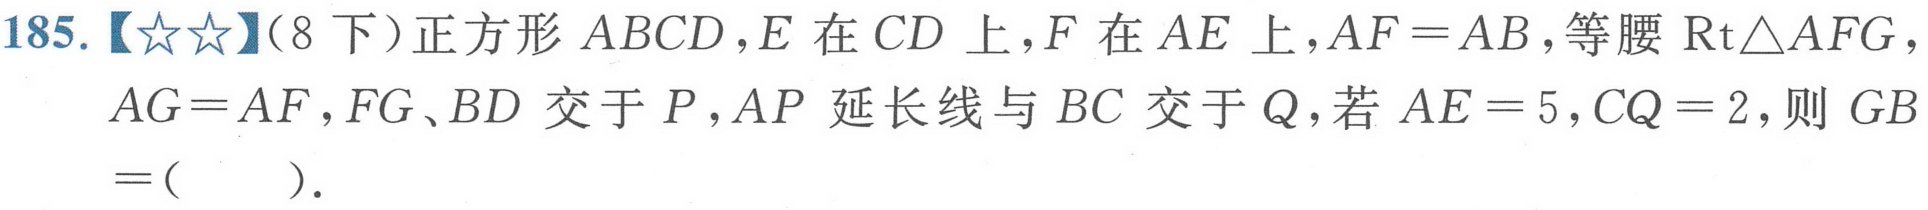
185.【★★】（8下）正方形\(ABCD\)，\(E\)在\(CD\)上，\(F\)在\(AE\)上，\(AF = AB\)，等腰\(\text{Rt}\triangle AFG\)，\(AG = AF\)，\(FG、BD\)交于\(P\)，\(AP\)延长线与\(BC\)交于\(Q\)，若\(AE = 5\)，\(CQ = 2\)，则\(GB=(\ \ \ \ \ )\).